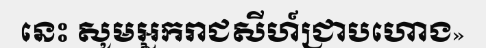
នេះ សូមអ្នករាជសីហ៍ជ្រាបហោង»